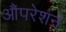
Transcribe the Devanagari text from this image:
औंपरेशन